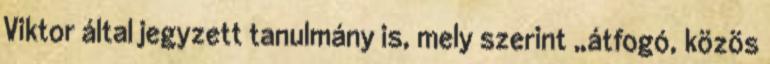
Viktor által jegyzett tanulmány is, mely szerint „átfogó, közös